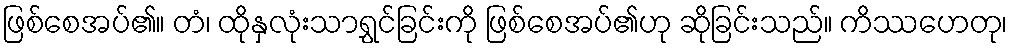
ဖြစ်စေအပ်၏။ တံ၊ ထိုနှလုံးသာရွှင်ခြင်းကို ဖြစ်စေအပ်၏ဟု ဆိုခြင်းသည်။ ကိဿဟေတု၊